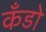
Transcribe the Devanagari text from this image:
कँडो